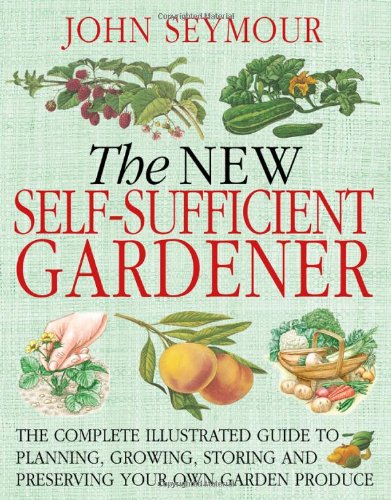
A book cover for The New Self-Sufficient Gardener; John Seymour; Crafts, Hobbies & Home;